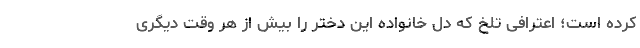
کرده است؛ اعترافی تلخ که دل خانواده این دختر را بیش از هر وقت دیگری